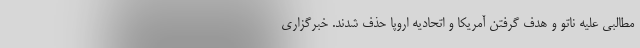
مطالبی علیه ناتو و هدف گرفتن آمریکا و اتحادیه اروپا حذف شدند. خبرگزاری